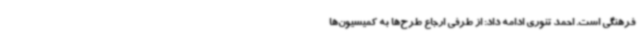
فرهنگی است. احمد تنوری ادامه داد: از طرفی ارجاع طرح‌ها به کمیسیون‌ها